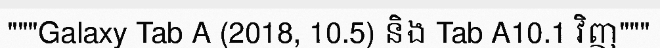
"""Galaxy Tab A (2018, 10.5) និង Tab A10.1 វិញ"""